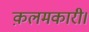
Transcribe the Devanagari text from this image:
क़लमकारी।